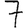
Digit: 7